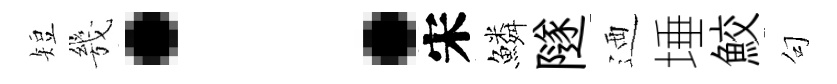
短㡬：宋鱗隧迺埵鮫句